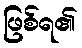
ဖြစ်ရ၏